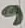
Text: 9